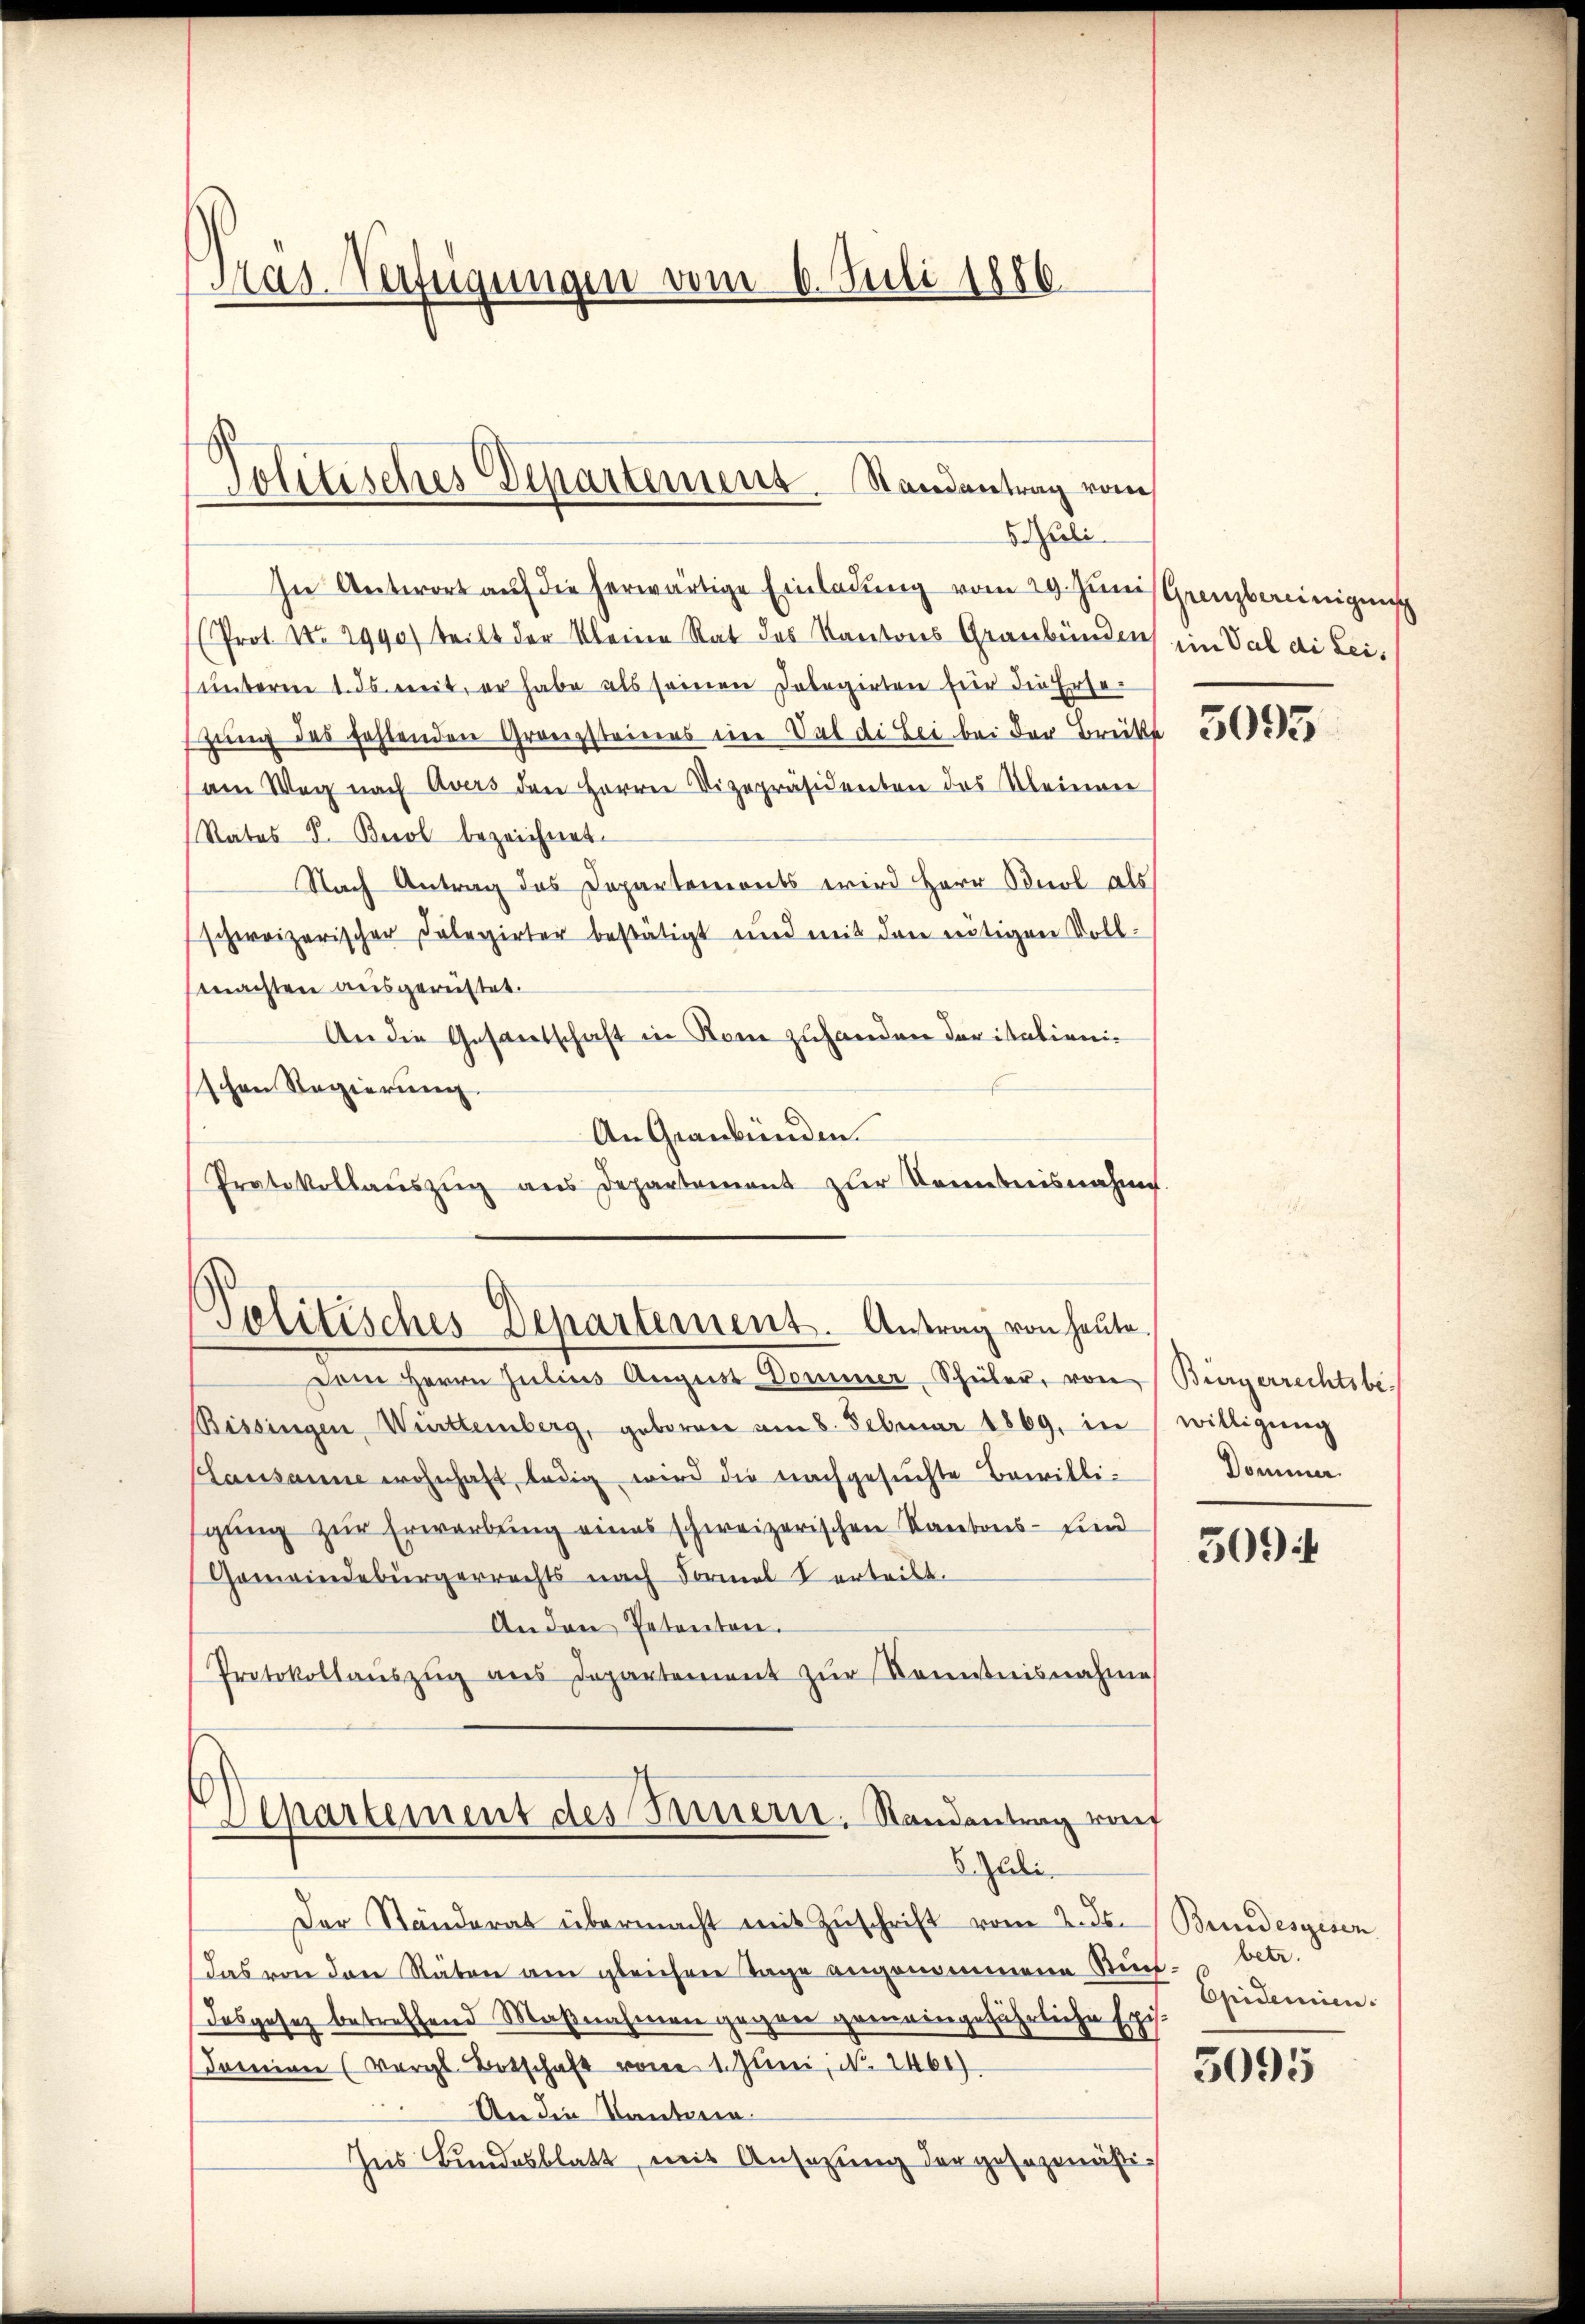
Mas-Verfügungen vom 6. Juli 1886

Tolitisches Departemens. Standentrag vom
li

In Antwort auf die herwärtige Einladung vom 29. Junisgrenzbereinigung
Prot. No 2990) teilt der Kleine Rat des Kantons Graubünden im Val di Leiunterm 1. ds. weit, er habe als seinen Inbegirten für die Ersegung des fehlenden Granzsteines ein Val die Bei bei der Brüke 3000
am Weg nach Avers den Herrn Vizepräsidenten des Kleinen
Rates V. Berol bezeichnet.
Nach Antrag des Departemonts wird Herr Odnol als
schweizerischer Dolegirter bestätigt und mit den nötigen Vollmachten ausgerüstet.
An die Gesantschaft in Rom zuhanden darisationischen Regierung.
An Graubünden.
Protokollauszug aus Departement zur Kenntnisnahme.

Pelitisches Departement. Antrag von heute.

Dem Herrn Julius August Dommer-Schüler, von Bürgerrechtsbe¬
Bissingen, Württemberg, geboren am 8. Februar 1869, in willigung
Lausanne wohnhaft, ledig wird die nachgesuchte Bewilligung zur Erwerbung eines schweizerischen Kantons- Eind
Gemeindebürgerrechts nach Formel verteilt.
Anden Petenten.
Protokollaŭszŭg ans Departement zur Kenntnisnahme
Aepartement des Innern. Randantrag vom
8. Juli
Der Ständerat übermacht mit Zuschrift vom 2. ds.
Das von den Räten am gleichen Tage angenommene Stim-
dosgesez betreffend Maßnahmen gegen gemeingefährliche Exi-
Jamian (Vergl. Botschaft von 1. Juni, N. 2460)
An die Kantonaus Bundesblatt, mit Ansezung der gesezmäßi¬

Dommer.

509:

Bundesgesen
betr.
Epidemien.

5095